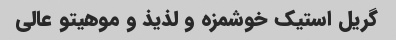
گریل استیک خوشمزه و لذیذ و موهیتو عالی